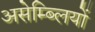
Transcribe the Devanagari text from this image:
असेम्ब्लियों